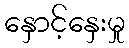
နှောင့်နှေးမှု